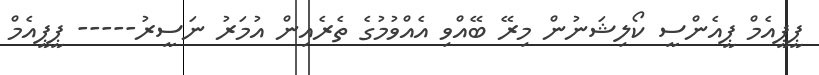
ޕީޕީއެމް ޕީއެންސީ ކޯލިޝަނުން މިރޭ ބޭއްވި އެއްވުމުގެ ތެރެއިން އުމަރު ނަސީރު----- ޕީޕީއެމް